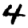
Digit: 4